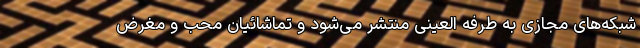
شبکه‌های مجازی به طرفه العینی منتشر می‌شود و تماشائیان محب و مغرض